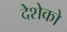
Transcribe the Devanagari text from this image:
देशेको